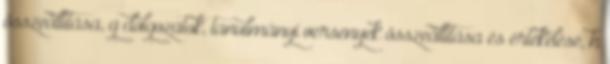
összeállítása, g dolgozatok, tanulmányi versenyek összeállítása és értékelése, h